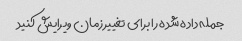
جمله داده شده را برای تغییر زمان ویرایش کنید